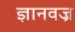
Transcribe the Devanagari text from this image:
ज्ञानवज्र